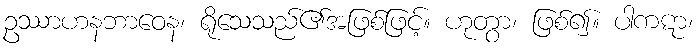
ဥဿာဟနဘာဝေန၊ ရိုသေသည်၏အဖြစ်ဖြင့်။ ဟုတွာ၊ ဖြစ်၍။ ပါကဋာ၊